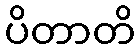
ပိတာတိ